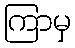
ကြာမှ